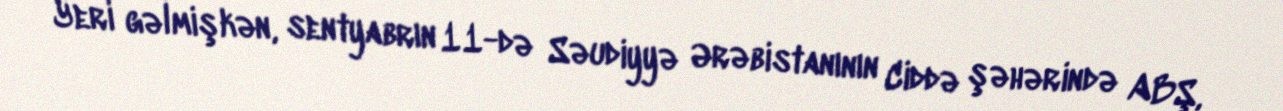
Yeri gəlmişkən, sentyabrın 11-də Səudiyyə Ərəbistanının Ciddə şəhərində ABŞ,